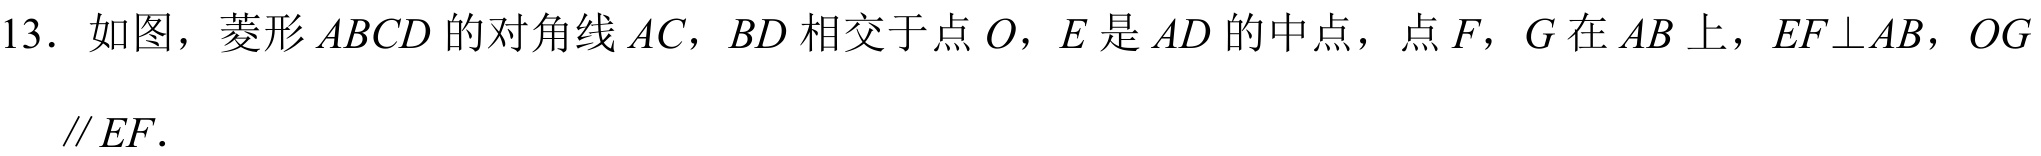
13. 如图，菱形\(ABCD\)的对角线\(AC\)，\(BD\)相交于点\(O\)，\(E\)是\(AD\)的中点，点\(F\)，\(G\)在\(AB\)上，\(EF\perp AB\)，\(OG\parallel EF\).